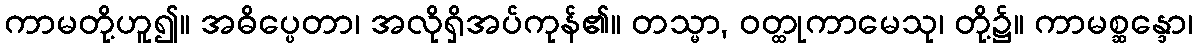
ကာမတို့ဟူ၍။ အဓိပ္ပေတာ၊ အလိုရှိအပ်ကုန်၏။ တသ္မာ, ဝတ္ထုကာမေသု၊ တို့၌။ ကာမစ္ဆန္ဒော၊